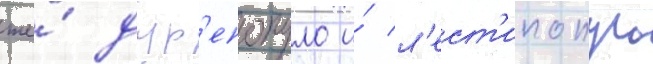
же́ дур'епопуло и́ л'ест'ипопуло